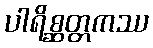
ပါရိစ္ဆတ္တကဿ